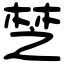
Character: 椘